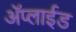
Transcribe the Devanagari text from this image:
ॲप्लाईड